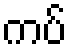
ကပ်